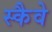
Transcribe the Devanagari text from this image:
स्कैवे